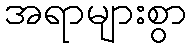
အရာများစွာ